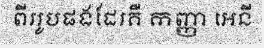
ពីររូបផងដែរគឺ កញ្ញា អេនី